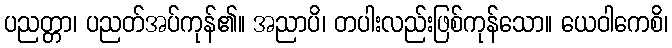
ပညတ္တာ၊ ပညတ်အပ်ကုန်၏။ အညာပိ၊ တပါးလည်းဖြစ်ကုန်သော။ ယေဝါကေစိ၊